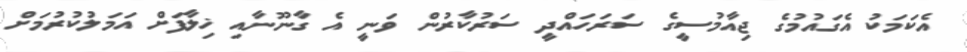
އެކަމަކު އެގައުމުގެ ޖިއާމުސީގެ ސަރަހައްދީ ސަރުކާރުން ވަނީ އެ ގާނޫނާއި ޚިލާފަށް އަމަލުކުރުމަށް